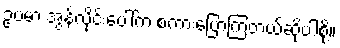
ဥပမာ အွန်လိုင်းပေါ်က စကားပြောကြတယ်ဆိုပါစို့။